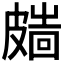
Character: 𥀑